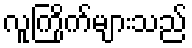
လူကြိုက်များသည်